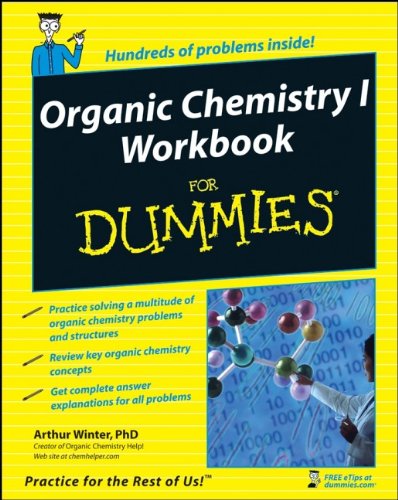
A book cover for Organic Chemistry I Workbook For Dummies; Arthur Winter; Science & Math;